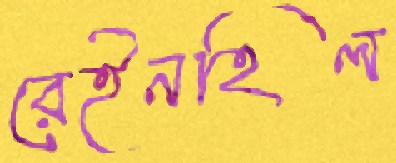
রেইনহিল